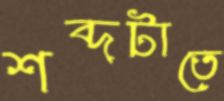
শব্দটাতে